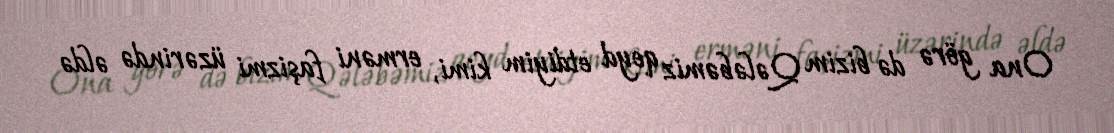
Ona görə də bizim Qələbəmiz qeyd etdiyim kimi, erməni faşizmi üzərində əldə